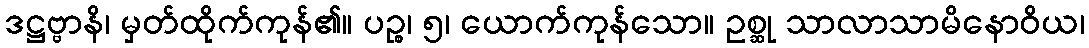
ဒဋ္ဌဗ္ဗာနိ၊ မှတ်ထိုက်ကုန်၏။ ပဉ္စ၊ ၅၊ ယောက်ကုန်သော။ ဥစ္ဆု သာလာသာမိနောဝိယ၊